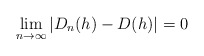
\begin{align*}\lim_{n \rightarrow \infty} |D_{n}(h)-D(h)|=0 \end{align*}